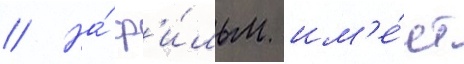
// На́ ф'и́льм им'е́ет